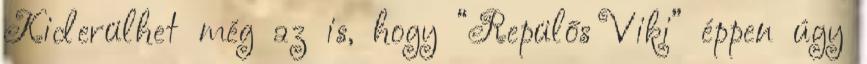
Kiderülhet még az is, hogy “Repülős Viki” éppen úgy